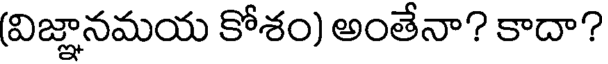
(విజ్ఞానమయ కోశం) అంతేనా? కాదా?